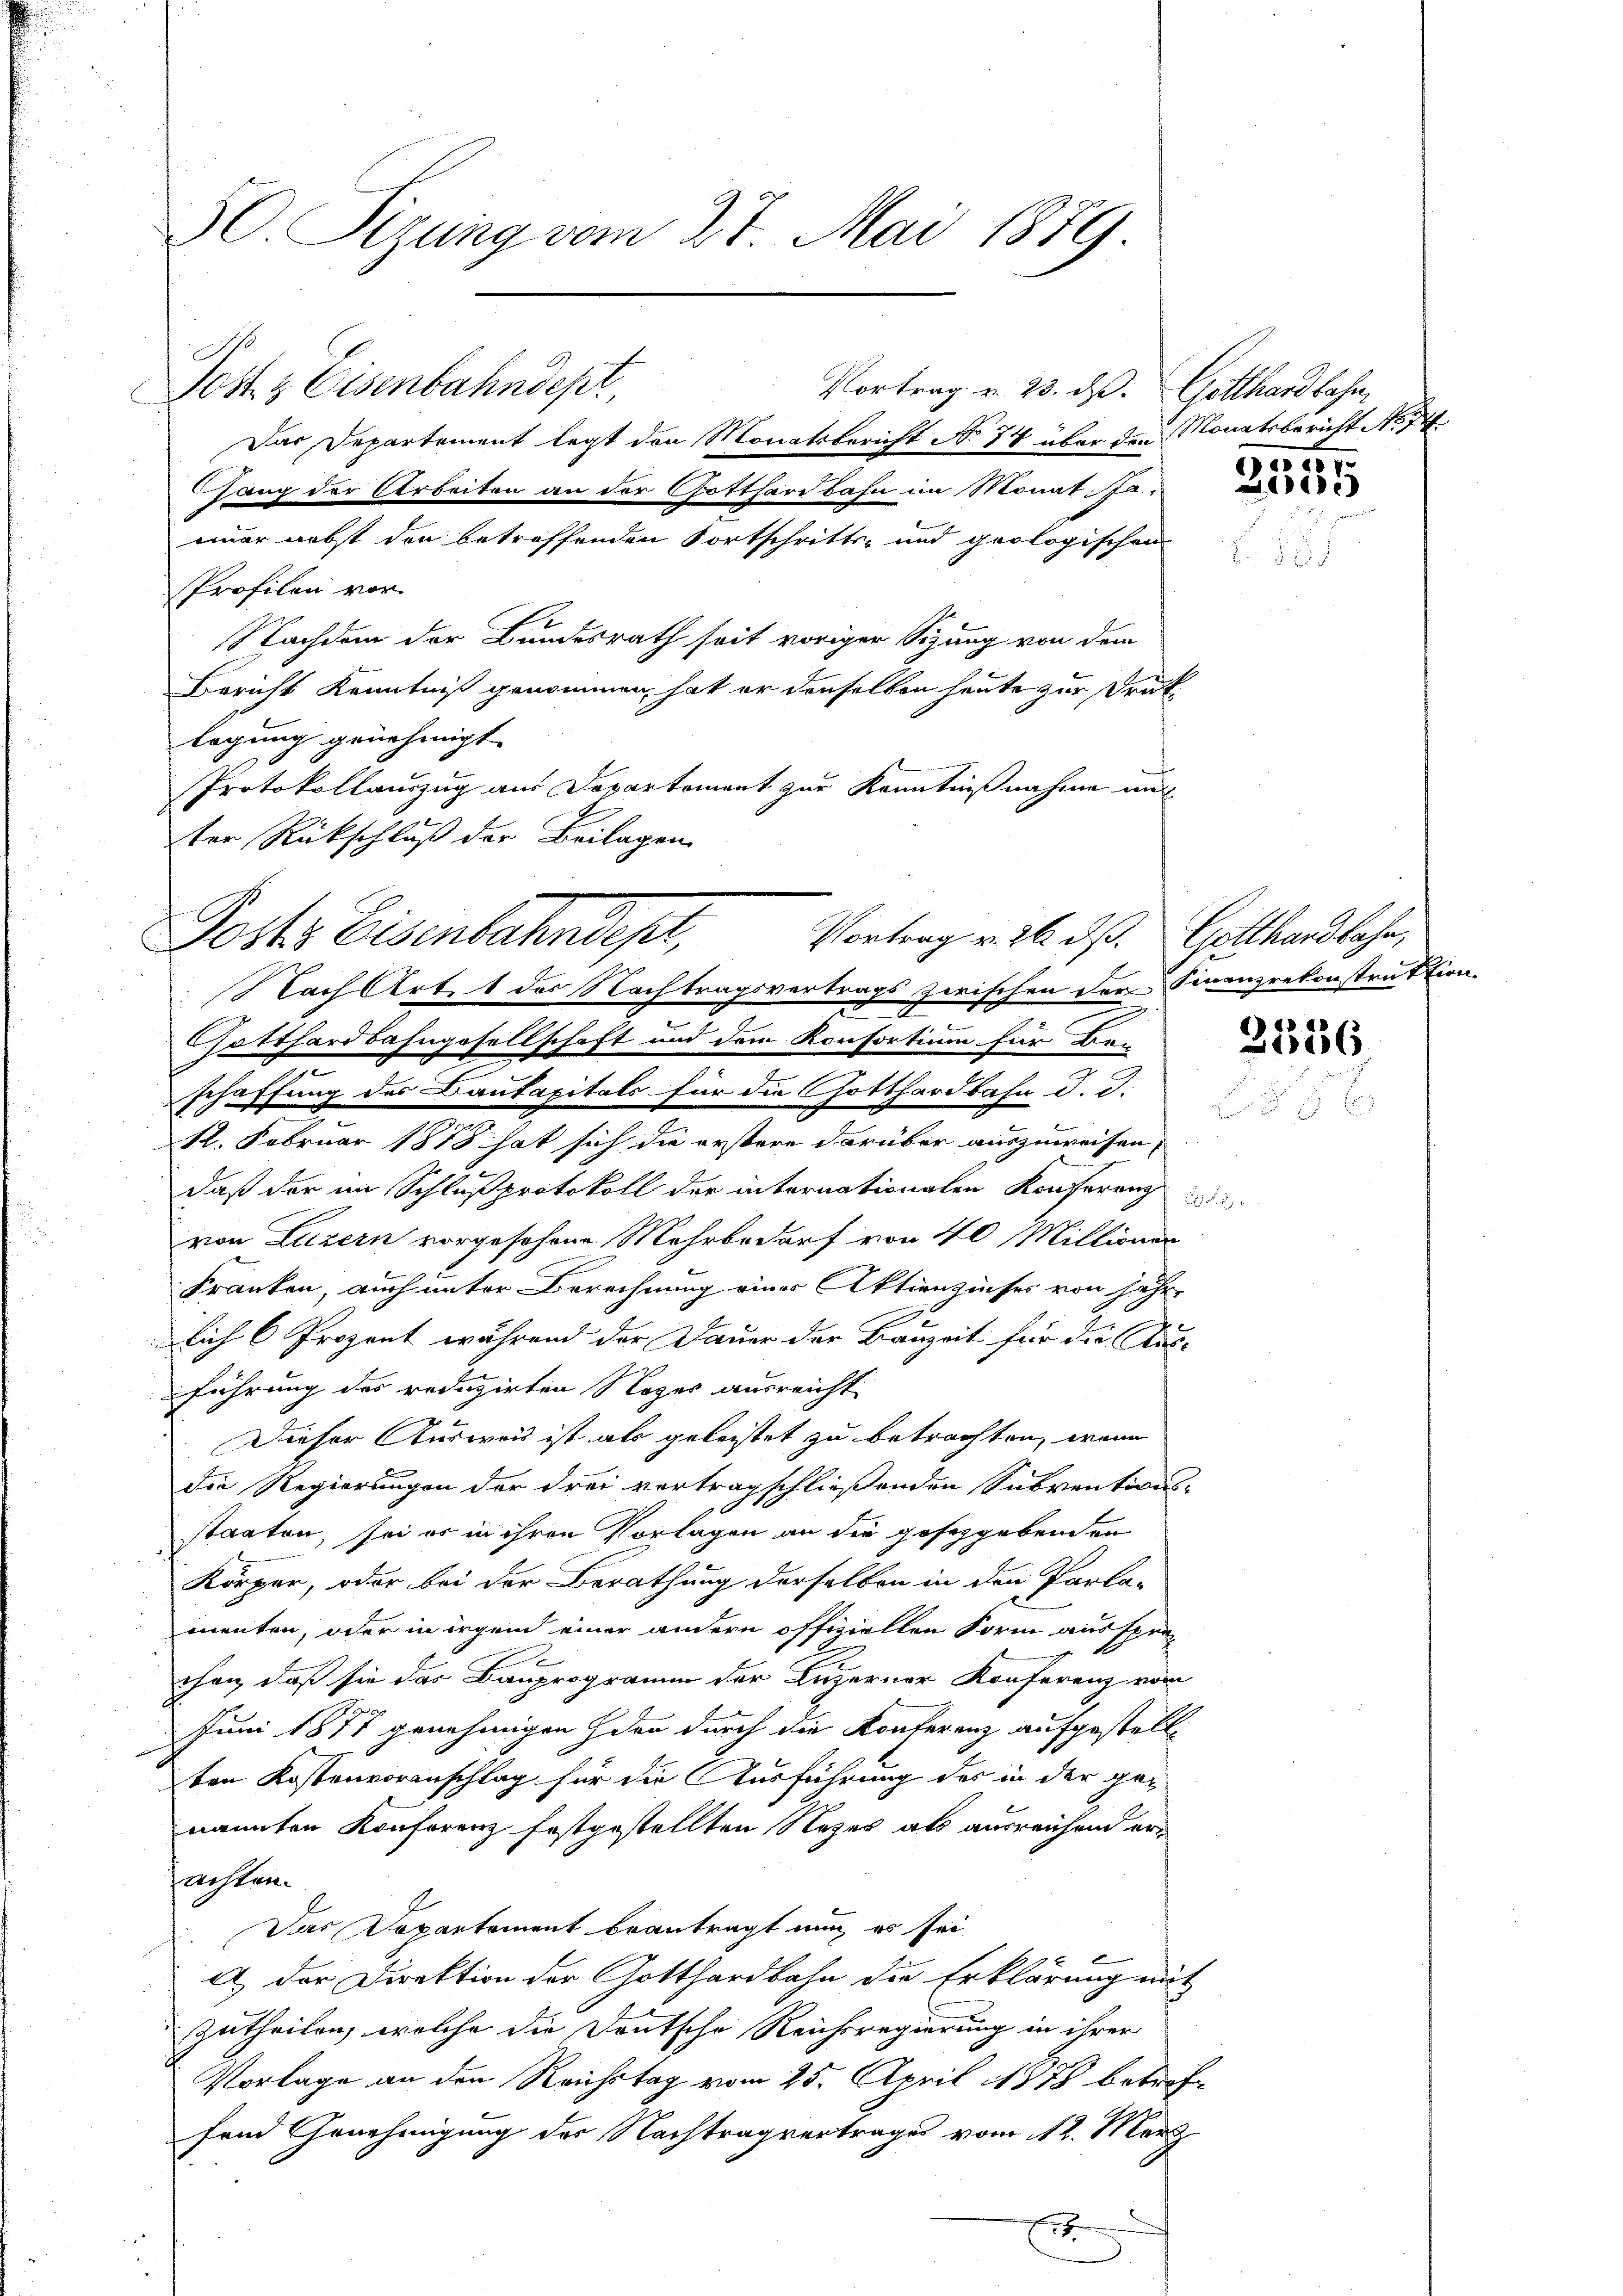
50 Sizung vom 27. Mai 1879.

Pestz Eisenbahndept,
Das Departement legt den Monatsbericht No 74 über den Sonatsbericht No 74
ang der Arbeiten an der Gotthardbahn im Monat. Jaimer nebst den betreffenden Fortschritts- und geologischen
Profilen vor.
legung genehmigt.
Protokollauszug aus Departement zur Kenntnißnahme un
ter Rückschluß der Beilagen
Posts Eisenbahndept,
Nach Art. 1 des Nachtragsvertrags zwischen der Finanzrekonstruktion
Potthardbahngesellschaft und dem Konfortium für Bee
schaffung des Baukapitals für die Gotthardbahn d. d.
d
12. Februar 1878 hat sich die erstere darüber auszuweisen,
daß der im Schluß protokoll der internationalen Konferenz
von Luzern vorgesehene Mehrbedarf von 40 Millionen
Franken, auch unter Berechnung einer Aktienzinses von jähr-
.
lich 6 Prozent während der Dauer der Bauzeit für die Aus-
führung des reduzirten Noges ausreicht
2
Dieser Ausweis ist als geleistet zu betrachten, wenn
die Regierungen der drei vertragschließenden Subventionsstaaten, sei er in ihren Vorlagen an die gesetzgebenden
Körper, oder bei der Berathung derselben in den Parla-
mnenten, oder in irgen einer andern offiziellen Form aus sprex
chen, daß sie das Bauprogramm der Luzerner Konferenz vom
Juni 1877 genehmigen den durch die Konferenz aufgestellten Kostenvoranschlag für die Ausführung des in der genannten Konferenz festgestellten Nezes als ausreichend erachten.
Das Departement beantragt nun es sei
a) der Direktion der Gotthardbahn die Erklärung mit
Zutheilen, welche die Deutsche Reichsregierung in ihrer
Vorlage an den Reichstag vom 25. April 1878 betreffend Genehmigung des Nachtragvertrages vom 12. März
.

Nachdem der Bundesrath seit voriger Sizung von dem
Bericht Kenntniß genommen, hat er denselben heute zur Druk

Vortrag v. 23. ds. Gotthardbahn,

Vortrag v. 26. ds. Gotthardbahn,

155

1

2536